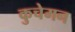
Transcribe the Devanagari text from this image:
कुचेमन